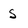
Character: s